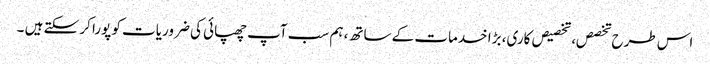
اس طرح تخصص، تخصیص کاری، بڑا خدمات کے ساتھ، ہم سب آپ چھپائی کی ضروریات کو پورا کر سکتے ہیں ۔